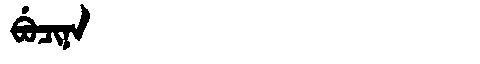
Manchu: ᠪᡠᠴᡳᠨᠠ
Romanization: BUCINA